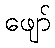
ဖျော်